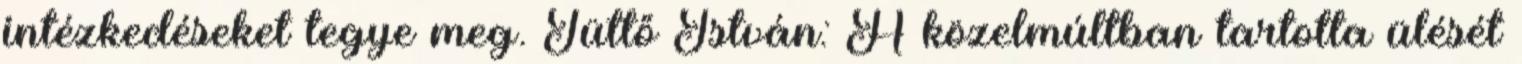
intézkedéseket tegye meg. Tüttő István: A közelmúltban tartotta ülését